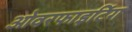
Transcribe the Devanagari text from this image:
ओवरफाइटिंग